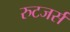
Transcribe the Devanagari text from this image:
रुटजर्स